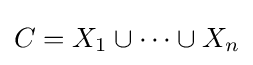
C=X_{1}\cup \cdots \cup X_{n}